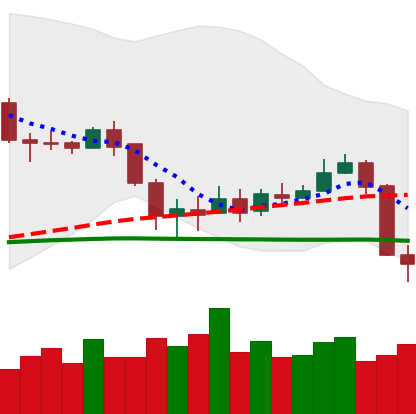
Ticker: BNB-USD
Chart end date: 2020-03-09
Forward return: -38.805%
Label: down_7plus